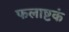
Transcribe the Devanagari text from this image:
फलाष्टकं